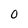
Character: 0